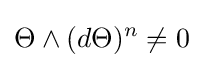
\Theta \wedge (d\Theta )^{n}\neq 0